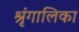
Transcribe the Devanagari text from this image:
श्रृंगालिका